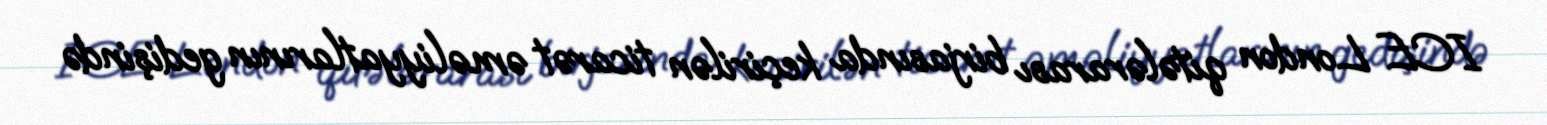
ICE London qitələrarası birjasında keçirilən ticarət əməliyyatlarının gedişində